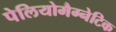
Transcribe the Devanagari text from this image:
पेलियोमैग्नेटिक